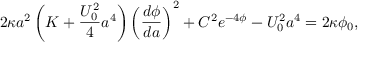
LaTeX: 2 \kappa a ^ { 2 } \left( K + \frac { U _ { 0 } ^ { 2 } } 4 a ^ { 4 } \right) \left( \frac { d \phi } { d a } \right) ^ { 2 } + C ^ { 2 } e ^ { - 4 \phi } - U _ { 0 } ^ { 2 } a ^ { 4 } = 2 \kappa \phi _ { 0 } ,